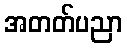
အတတ်ပညာ